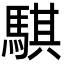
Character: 騏